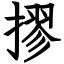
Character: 摎